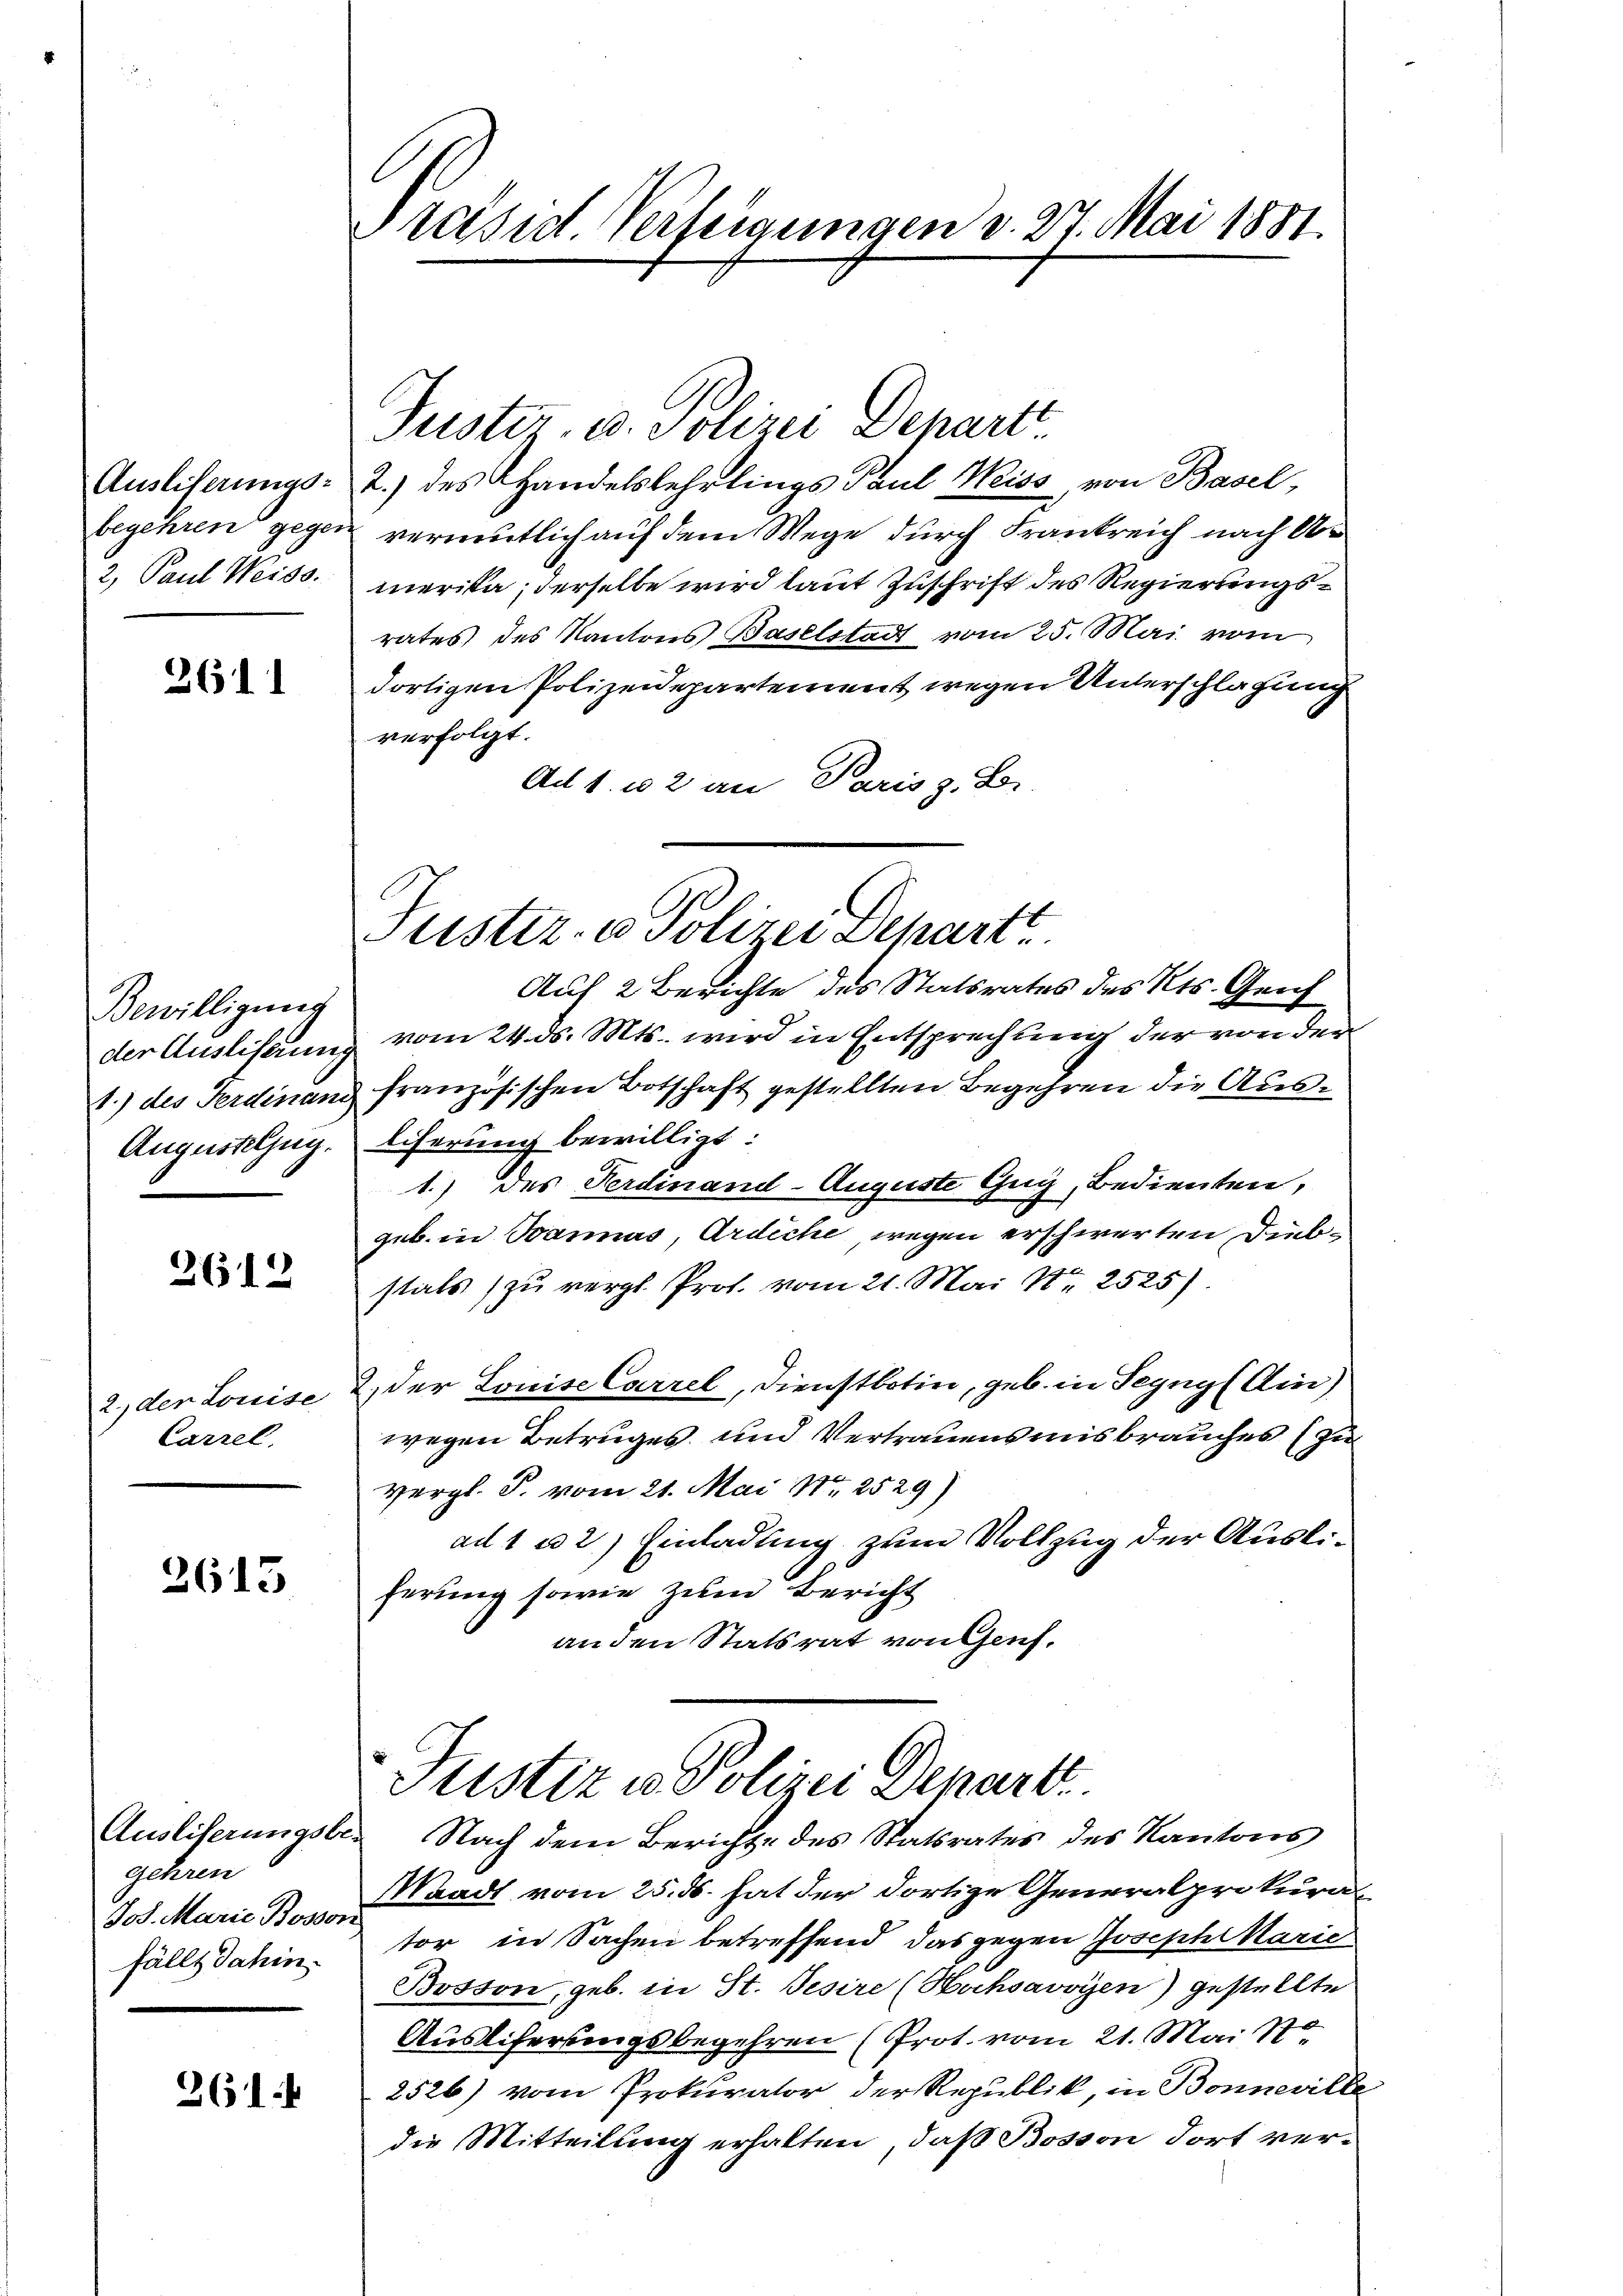
Ausliterungs-
begehren gegen
2, Paul Weiss.

2611

Bewilligung
1.) des Ferdinan
Augustelzug.

2612

Carzel,

2615

Ausliserungsbe-
gehren
Jos. Marie Bosson
fällt Jahin.

261

Präsid Verfeigungen d. 27. Mai 1881.

Justiz- u. Polizei Departt
2.) des Handelslehrlings Paul Weiss, von Basel,
vermutlich auf dem Wege durch Frankreich nach Ar
merika, derselbe wird laut Zuschrift des Regierungsrates des Kantons Baselstadt vom 25. Mai vom
dortigen Polizeidepartement wegen Unterschlagung
verfolgt.
Ad 1. 102 an Paris z. B.
Auf 2 Berichte des Statsrates des Kts. Gesch
der Ausliserung vom 24. ds. Mts. wird in Entsprechung der von der
französischen Botschaft gestellten Begehren die Ausliferung bewilligt:
1.) des Ferdinand-Auguste Guy, Bedienten,
geb. in Bannas, Ardiche, wegen erschwerten Diebstals zu vergl. Prof. vom 21. Mai No 2525)
2., der Louise & der Louise Correl, Dienstbotin, geb. in Seyng (Ain)
wegen Betruges und Vertrauensmisbrauches (zu
vergl. P. vom 21. Mai 182529)
ad 1 u 2) Einladung zum Vollzug der Ausliferung sowie zum Bericht
an den Statsrat von Genf.
Justiz in Polizei Depart.
 Nach dem Berichte des Statsrates des Kantons
Waadt vom 25. ds. hat der dortige Generalprokurator in Sachen betreffend das gegen Josephikarie
Bosson, geb. in St. Pesire (Hachsavoyen) gestellte
Auslifersingsbegehren (Prot. vom 21. Mai S.
2526) vom Prokurator der Republik, in Bonneville
die Mitteilung erhalten, daß Bosson dort ver¬

Justiz- & Polizei Depart